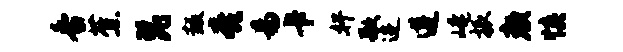
香蕉琵叛亮易卡奸歌进遵崦振颜慎